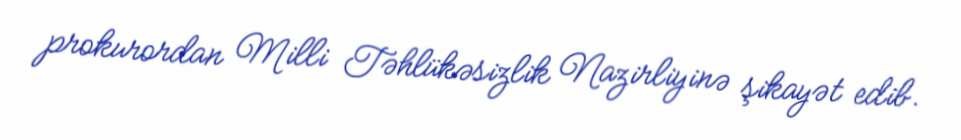
prokurordan Milli Təhlükəsizlik Nazirliyinə şikayət edib.